Report of the Indian Hemp Drugs Commission, 1894-1895 - Volume IV
Year: 1894
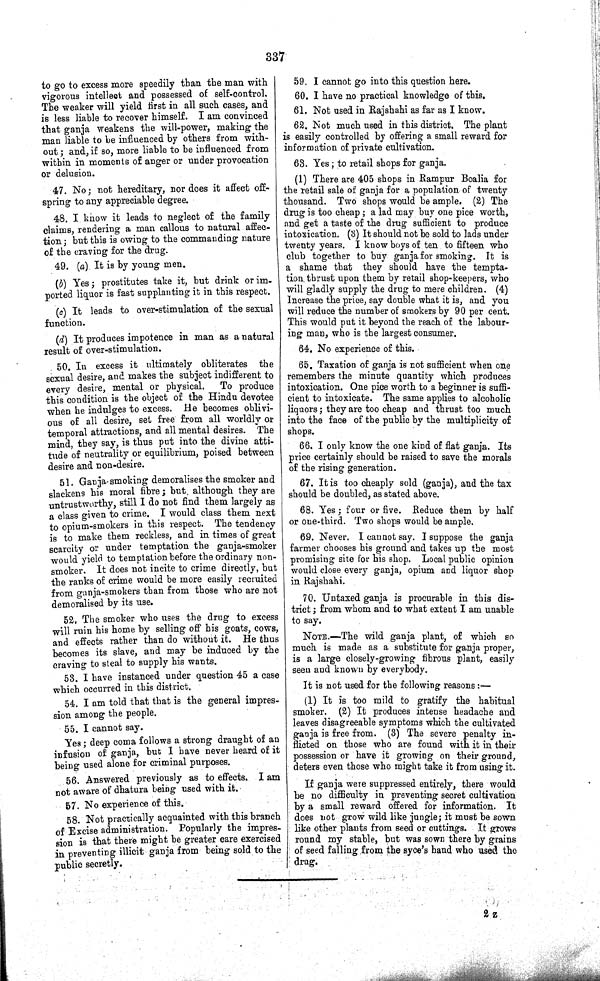
337
to go to excess more speedily than the man with
vigorous intellect and possessed of self-control.
The weaker will yield first in all such cases, and
is less liable to recover himself. I am convinced
that ganja weakens the will-power, making the
man liable to be influenced by others from with-
out; and, if so, more liable to be influenced from
within in moments of anger or under provocation
or delusion.
47. No; not hereditary, nor does it affect off-
spring to any appreciable degree.
48. I know it leads to neglect of the family
claims, rendering a man callous to natural affec-
tion; but this is owing to the commanding nature
of the craving for the drug.
49. (a) It is by young men.
(b) Yes; prostitutes take it, but drink or im-
ported liquor is fast supplanting it in this respect.
(c) It leads to over-stimulation of the sexual
function.
(d) It produces impotence in man as a natural
result of over-stimulation.
50. In excess it ultimately obliterates the
sexual desire, and makes the subject indifferent to
every desire, mental or physical.
To produce
this condition is the object of the Hindu devotee
when he indulges to excess. He becomes oblivi-
ous of all desire, set free from all worldly or
temporal attractions, and all mental desires. The
mind, they say, is thus put into the divine atti-
tude of neutrality or equilibrium, poised between
desire and non-desire.
51. Ganja-smoking demoralises the smoker and
slackens his moral fibre; but although they are
untrustworthy, still I do not find them largely as
a class given to crime. I would class them next
to opium-smokers in this respect. The tendency
is to make them reckless, and in times of great
scarcity or under temptation the ganja-smoker
would yield to temptation before the ordinary non-
smoker. It does not incite to crime directly, but
the ranks of crime would be more easily recruited
from ganja-smokers than from those who are not
demoralised by its use.
52. The smoker who uses the drug to excess
will ruin his home by selling off his goats, cows,
and effects rather than do without it. He thus
becomes its slave, and may be induced by the
craving to steal to supply his wants.
53. I have instanced under question 45 a case
which occurred in this district.
54. I am told that that is the general impres-
sion among the people.
55. I cannot say.
Yes; deep coma follows a strong draught of an
infusion of ganja, but I have never heard of it
being used alone for criminal purposes.
56. Answered previously as to effects. I am
not aware of dhatura being used with it.
57. No experience of this.
58. Not practically acquainted with this branch
of Excise administration. Popularly the impres-
sion is that there might be greater care exercised
in preventing illicit ganja from being sold to the
public secretly.
59. I cannot go into this question here.
60. I have no practical knowledge of this.
61. Not used in Rajshahi as far as I know.
62. Not much used in this district. The plant
is easily controlled by offering a small reward for
information of private cultivation.
63. Yes; to retail shops for ganja.
(1) There are 405 shops in Rampur Boalia for
the retail sale of ganja for a population of twenty
thousand. Two shops would be ample. (2) The
drug is too cheap; a lad may buy one pice worth,
and get a taste of the drug sufficient to produce
intoxication. (3) It should not be sold to lads under
twenty years. I know boys of ten to fifteen who
club together to buy ganja for smoking. It is
a shame that they should have the tempta-
tion thrust upon them by retail shop-keepers, who
will gladly supply the drug to mere children. (4)
Increase the price, say double what it is, and you
will reduce the number of smokers by 90 per cent.
This would put it beyond the reach of the labour-
ing man, who is the largest consumer.
64. No experience of this.
65. Taxation of ganja is not sufficient when one
remembers the minute quantity which produces
intoxication. One pice worth to a beginner is suffi-
cient to intoxicate. The same applies to alcoholic
liquors; they are too cheap and thrust too much
into the face of the public by the multiplicity of
shops.
66. I only know the one kind of flat ganja. Its
price certainly should be raised to save the morals
of the rising generation.
67. It is too cheaply sold (ganja), and the tax
should be doubled, as stated above.
68. Yes; four or five. Reduce them by half
or one-third. Two shops would be ample.
69. Never. I cannot say. I suppose the ganja
farmer chooses his ground and takes up the most
promising site for his shop. Local public opinion
would close every ganja, opium and liquor shop
in Rajshahi.
70. Untaxed ganja is procurable in this dis-
trict; from whom and to what extent I am unable
to say.
NOTE.—The wild ganja plant, of which so
much is made as a substitute for ganja proper,
is a large closely-growing fibrous plant, easily
seen and known by everybody.
It is not used for the following reasons:—
(1) It is too mild to gratify the habitual
smoker. (2) It produces intense headache and
leaves disagreeable symptoms which the cultivated
ganja is free from. (3) The severe penalty in-
flicted on those who are found with it in their
possession or have it growing on their ground,
deters even those who might take it from using it.
If ganja were suppressed entirely, there would
be no difficulty in preventing secret cultivation
by a small reward offered for information. It
does not grow wild like jungle; it must be sown
like other plants from seed or cuttings. It grows
round my stable, but was sown there by grains
of seed falling from the syce's hand who used the
drug.
2 Z